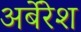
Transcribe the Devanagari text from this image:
अर्बेरेश